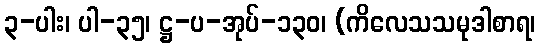
၃-ပါး၊ ပါ-၃၅၊ ဋ္ဌ-ပ-အုပ်-၁၃၀၊ (ကိလေသသမုဒါစာရ၊